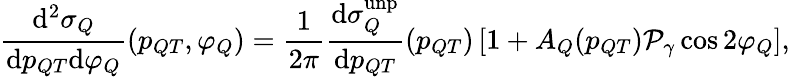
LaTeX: \frac{{\mathrm{{d}}}^{2}\sigma_{Q}}{{{\mathrm{d}}}p_{QT}{\mathrm{{d}}}\varphi_{Q}}(p_{QT},\varphi_{Q})=\frac{1}{2\pi}\frac{{{\mathrm{d}}}\sigma_{Q}^{\mathrm{{unp}}}}{{{\mathrm{d}}}p_{QT}}(p_{QT})\left[1+A_{Q}(p_{QT}){\cal P}_{\gamma}\cos 2\varphi_{Q}\right],